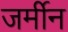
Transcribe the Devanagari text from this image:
जर्मीन